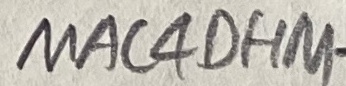
Text: MAC4OHM